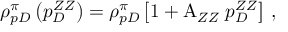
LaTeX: \rho _ { p D } ^ { \pi } \left( p _ { D } ^ { Z Z } \right) = \rho _ { p D } ^ { \pi } \left[ 1 + { \mathrm A } _ { Z Z } \; p _ { D } ^ { Z Z } \right] \, ,